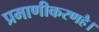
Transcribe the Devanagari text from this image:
प्रमाणीकरणहै।